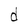
Character: d